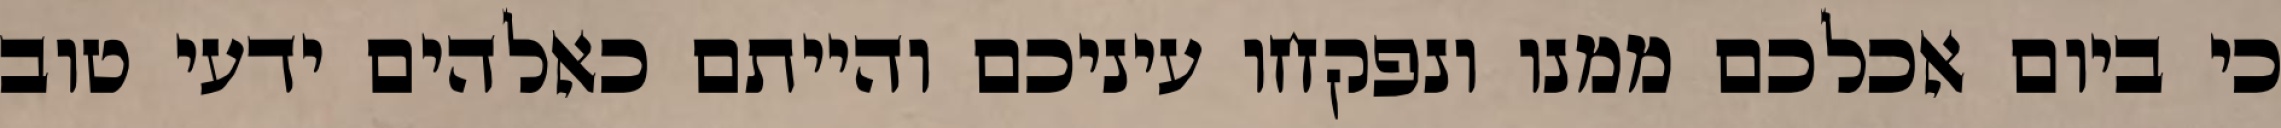
כי ביום אכלכם ממנו ונפקחו עיניכם והייתם כאלהים ידעי טוב